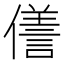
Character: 𠏜